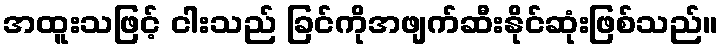
အထူးသဖြင့် ငါးသည် ခြင်ကိုအဖျက်ဆီးနိုင်ဆုံးဖြစ်သည်။